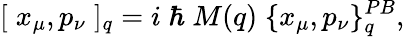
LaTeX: [\; x_{\mu},p_{\nu}\; ]_{q}=i\; \hbar\; M(q)\; \{ x_{\mu},p_{\nu}\} _{q}^{PB},